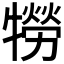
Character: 𤛮